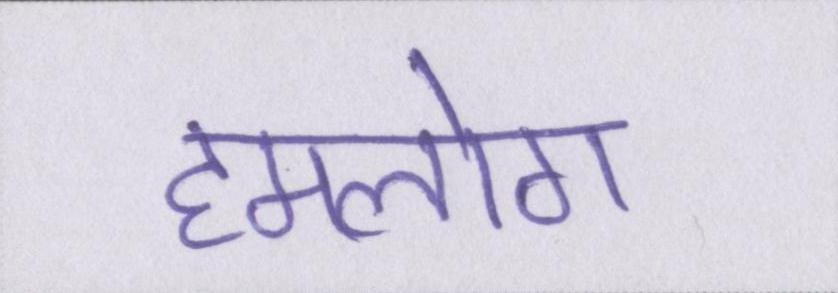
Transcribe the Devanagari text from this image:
हमलोग